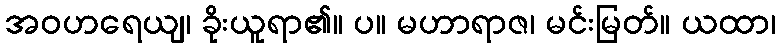
အဝဟရေယျ၊ ခိုးယူရာ၏။ ပ။ မဟာရာဇ၊ မင်းမြတ်။ ယထာ၊